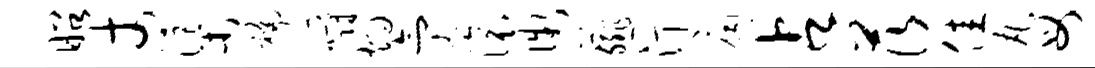
昭丈渠褊嚼灼氤滚微薤汀扃占茨佳丸母